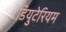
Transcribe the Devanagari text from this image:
डियुटेरियम